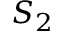
S _ { 2 }